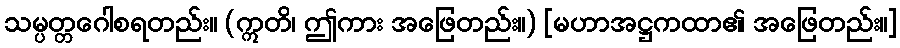
သမ္ပတ္တဂေါစရတည်း။ (ဣတိ၊ ဤကား အဖြေတည်း။) [မဟာအဋ္ဌကထာ၏ အဖြေတည်း။]